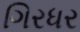
ગિરધર